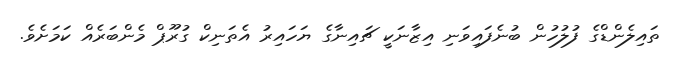
ތައިލެންޑްގެ ފުލުހުން ބުނެފައިވަނި އިޒާނަކީ ޗައިނާގެ ޔަހައިރު އެތަނިކް ގުރޫޕް މެންބަރެއް ކަމަށެވެ.